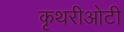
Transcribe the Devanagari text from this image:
कृथरीओटी